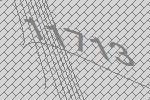
11713